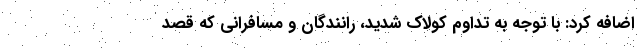
اضافه کرد: با توجه به تداوم کولاک شدید، رانندگان و مسافرانی که قصد